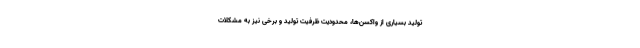
تولید بسیاری از واکسن‌ها، محدودیت ظرفیت تولید و برخی نیز به مشکلات